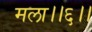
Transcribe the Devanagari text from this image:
मला।।६।।